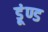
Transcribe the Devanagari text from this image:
डूंण्ड